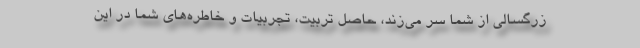
زرگسالی از شما سر می‌زند، حاصل تربیت، تجربیات و خاطره‌های شما در این